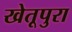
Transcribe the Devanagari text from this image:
खेतूपुरा